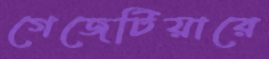
গেজেটিয়ারে